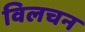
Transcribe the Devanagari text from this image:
विलचन